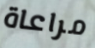
مراعاة